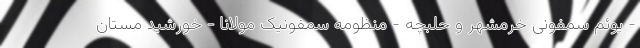
- پوئم سمفونی خرمشهر و حلبچه - منظومه سمفونیک مولانا - خورشید مستان